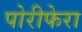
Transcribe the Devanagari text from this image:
पोरीफेरा